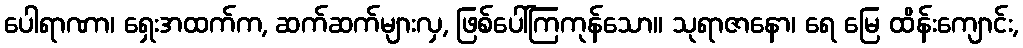
ပေါရာဏာ၊ ရှေးအထက်က, ဆက်ဆက်များလှ, ဖြစ်ပေါ်ကြကုန်သော။ သုရာဇာနော၊ ရေ မြေ ထိန်းကျောင်း,